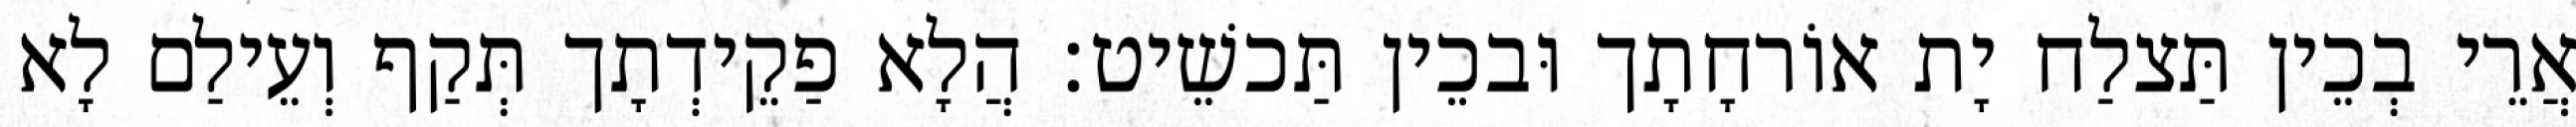
אֲרֵי בְכֵין תַּצלַח יָת אוֹרחָתָך וּבכֵין תַּכשֵׁיט׃ הֲלָא פַקֵידְתָך תְּקַף וְעֵילַם לָא